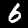
Label: 6